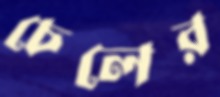
চেলের